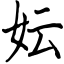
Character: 妘